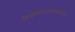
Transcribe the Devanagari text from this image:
बिओगेरोन्तोलोगिस्त्स